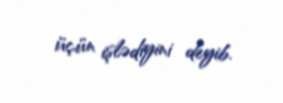
üçün işlədiyini deyib.